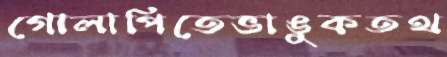
গোলাপিতেভাঙুকতথ